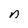
Character: n